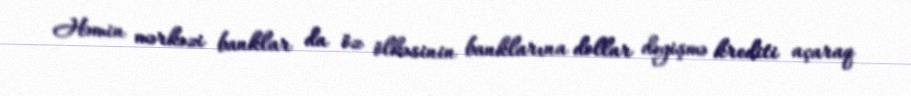
Həmin mərkəzi banklar da öz ölkəsinin banklarına dollar dəyişmə krediti açaraq